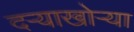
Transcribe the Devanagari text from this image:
दर्‍याखोर्‍या